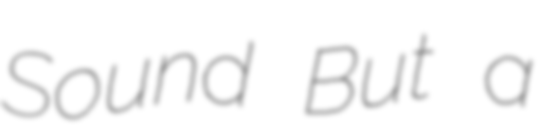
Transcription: Sound But a